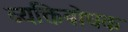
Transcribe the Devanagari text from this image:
व्यक्तिबोधक